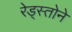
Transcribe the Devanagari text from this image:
रेड्स्तोने